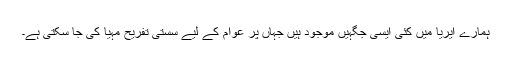
ہمارے ایریا میں کئی ایسی جگہیں موجود ہیں جہاں پر عوام کے لیے سستی تفریح مہیا کی جا سکتی ہے۔